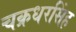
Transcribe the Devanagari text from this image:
चक्रधरसिंह